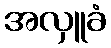
အလှူခံ